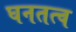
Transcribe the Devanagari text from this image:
घनतत्व